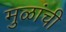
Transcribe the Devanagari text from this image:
मुळांची